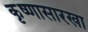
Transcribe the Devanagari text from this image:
कृष्णासारखा